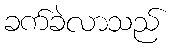
ခက်ခဲလာသည်